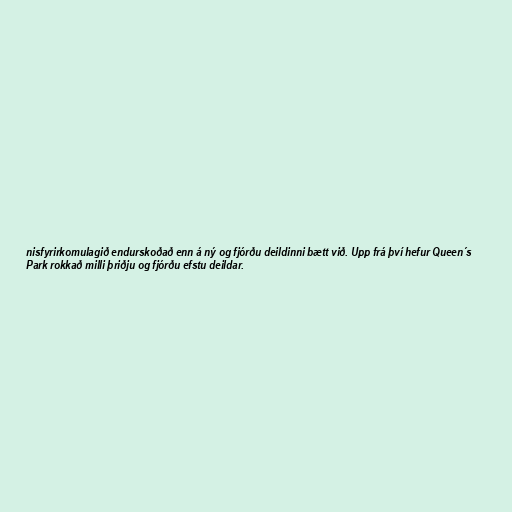
nisfyrirkomulagið endurskoðað enn á ný og fjórðu deildinni bætt við. Upp frá því hefur Queen´s
Park rokkað milli þriðju og fjórðu efstu deildar.